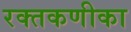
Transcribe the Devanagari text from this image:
रक्तकणीका